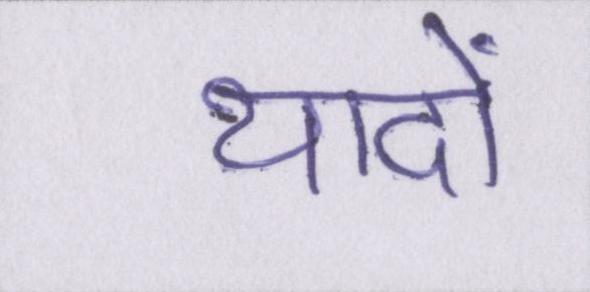
यादों